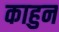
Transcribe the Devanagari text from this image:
काहुन